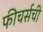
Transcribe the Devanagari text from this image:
फीचर्सची